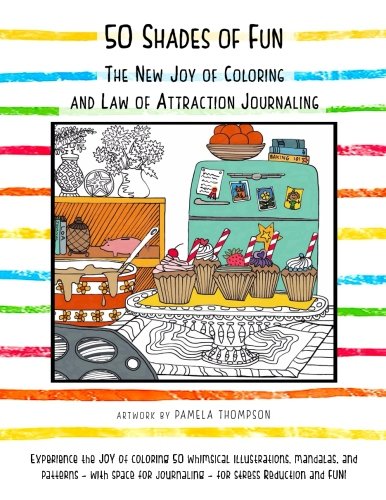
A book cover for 50 Shades of Fun: The New Joy of Coloring and Law of Attraction Journaling; Pamela Thompson; Crafts, Hobbies & Home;